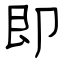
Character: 即